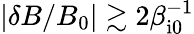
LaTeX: |\delta B/B_{0}|\gtrsim 2\beta_{\mathrm{i0}}^{-1}